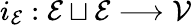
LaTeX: i_{\mathcal{E}}:\mathcal{E}\sqcup\mathcal{E}\longrightarrow\mathcal{V}